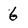
Character: 6